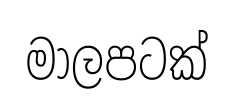
මාලපටක්